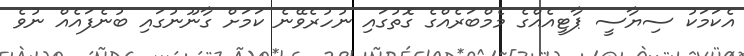
އެކަމަކު ސިޔާސީ ޕާޓީއެއްގެ މެމްބަރެއްގެ ގޮތުގައި ނުހުރެވޭނެ ކަމަށް ގާނޫނުގައި ބުނެފައެއް ނުވެ